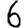
Digit: 6